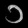
Digit: ၁